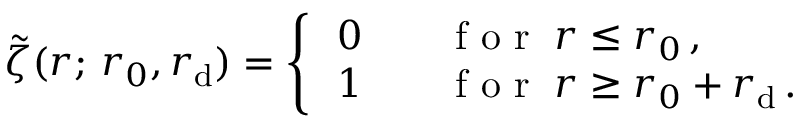
\tilde { \zeta } ( r ; \, r _ { 0 } , r _ { \mathrm { d } } ) = \left\{ \begin{array} { l l } { \, 0 } & { \quad \mathrm { ~ f ~ o ~ r ~ } \; r \leq r _ { 0 } \, , } \\ { \, 1 } & { \quad \mathrm { ~ f ~ o ~ r ~ } \; r \geq r _ { 0 } + r _ { \mathrm { d } } \, . } \end{array} \right.